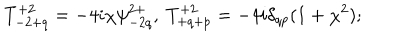
LaTeX: T _ { - 2 + q } ^ { + 2 } = - 4 i \chi \psi _ { - 2 q } ^ { 2 + } , \ T _ { + q + p } ^ { + 2 } = - 4 i \delta _ { q p } ( 1 + \chi ^ { 2 } ) ;